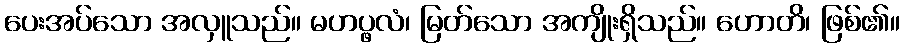
ပေးအပ်သော အလှူသည်။ မဟပ္ဖလံ၊ မြတ်သော အကျိုးရှိသည်။ ဟောတိ၊ ဖြစ်၏။